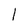
Character: I